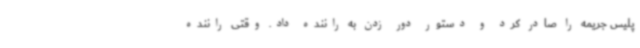
پلیس جریمه را صادر کرد و دستور دور زدن به راننده داد. وقتی راننده